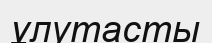
ұлутасты